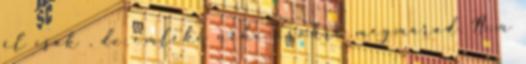
él csak , de emléke néha örökre megmarad. Nem